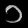
Digit: ၁